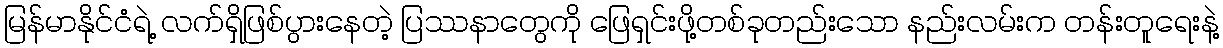
မြန်မာနိုင်ငံရဲ့ လက်ရှိဖြစ်ပွားနေတဲ့ ပြဿနာတွေကို ဖြေရှင်းဖို့တစ်ခုတည်းသော နည်းလမ်းက တန်းတူရေးနဲ့